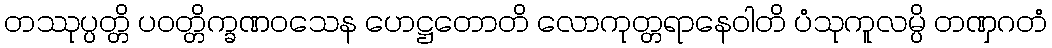
တဿုပ္ပတ္တိ ပဝတ္တိက္ခဏဝသေန ဟေဋ္ဌတောတိ လောကုတ္တရာနေဝါတိ ပံသုကူလမ္ပိ တဏှဂတံ